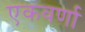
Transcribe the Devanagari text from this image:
एकवर्णा